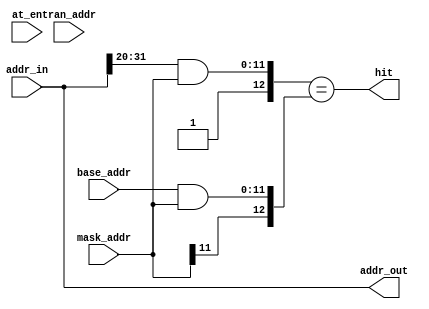
module pci_wb_decoder (hit, addr_out, addr_in, base_addr, mask_addr, tran_addr, at_en) ;

// Decoding address size parameter - for FPGAs 1MegByte is recommended
//   MAXIMUM is 20 (4KBytes), length 12 is 1 MByte !!!
parameter		decode_len     = 12 ;

//###########################################################################################################
// ALL COMMENTS are written as there were decode_len 20. This number and 12 (32 - 20) are assigning the
// numbers of decoded and compared bits, etc.
//###########################################################################################################

/*-----------------------------------------------------------------------------------------------------------
DECODER interface decodes input address (ADDR_IN); what means that it validates (HIT), if input address
falls within the defined image space boundaries. Image space boundarie is defined with image base address
register (BASE_ADDR) and address mask register (MASK_ADDR).
Beside that, it also translates (maps) the input address to the output address (ADDR_OUT), regarding the
translation address register (TRAN_ADDR) and the address mask register.
-----------------------------------------------------------------------------------------------------------*/

// output control
output	hit ;
// output address
output	[31:0]	addr_out ;
// input address
input	[31:0]	addr_in ;

// input registers - 12 LSbits are not valid since the smallest possible size is 4KB !
input	[31:(32-decode_len)]	base_addr ;
input	[31:(32-decode_len)]	mask_addr ;
input	[31:(32-decode_len)]	tran_addr ;

// input bit[2] of the Image Control register used to enable the address translation !
input	at_en ;
/*-----------------------------------------------------------------------------------------------------------
Internal signals !
-----------------------------------------------------------------------------------------------------------*/

// bit[31] if address mask register is IMAGE ENABLE bit (img_en)
wire	img_en ;

// addr_in_compare are masked input address bits that are compared with masked base_addr
wire	[31:(32-decode_len)]	addr_in_compare ;
// base_addr_compare are masked base address bits that are compared with masked addr_in
wire	[31:(32-decode_len)]	base_addr_compare ;

/*-----------------------------------------------------------------------------------------------------------
Decoding the input address!
This logic produces the loghest path in this module!

20 MSbits of input addres are as well as base address (20 bits) masked with corrected address mask. Only
masked bits of each vector are actually logically compared.
Bit[31] of address mask register is used to enable the image space !
-----------------------------------------------------------------------------------------------------------*/

assign addr_in_compare = (addr_in[31:(32-decode_len)] & mask_addr) ;

assign base_addr_compare = (base_addr & mask_addr) ;

assign img_en = mask_addr[31] ;

assign hit = { 1'b1, addr_in_compare } == { img_en, base_addr_compare } ;

/*-----------------------------------------------------------------------------------------------------------
Translating the input address!

Translation of input address is not implemented if ADDR_TRAN_IMPL is not defined

20 MSbits of input address are masked with negated value of the corrected address mask in order to get
address bits of the input address which won't be replaced with translation address bits.
Translation address bits (20 bits) are masked with corrected address mask. Only masked bits of vector are
actually valid, all others are zero.
Boath vectors are bit-wise ORed in order to get the valid translation address with an offset of an input
address.
12 LSbits of an input address are assigned to 12 LSbits of an output addres.
-----------------------------------------------------------------------------------------------------------*/

`ifdef ADDR_TRAN_IMPL
    // if Address Translation Enable bit is set, then translation address is used othervise input address is used!
    // addr_in_combine input address bits are not replaced with translation address!
    wire	[31:(32-decode_len)] addr_in_combine ;
    // tran_addr_combine are masked and combined with addr_in_combine!
    reg		[31:(32-decode_len)] tran_addr_combine ;

    assign addr_in_combine = (addr_in[31:(32-decode_len)] & ~mask_addr) ;
    always@(at_en or tran_addr or mask_addr or addr_in)
	begin
	    if (at_en)
			begin
				tran_addr_combine <= (tran_addr & mask_addr) ;
    		end
    	else
			begin
				tran_addr_combine <= (addr_in[31:(32-decode_len)] & mask_addr) ;
			end
	end

    assign addr_out[31:(32-decode_len)] = addr_in_combine | tran_addr_combine ;
    assign addr_out[(31-decode_len):0] = addr_in [(31-decode_len):0] ;
`else
    assign addr_out = addr_in ;
`endif

endmodule